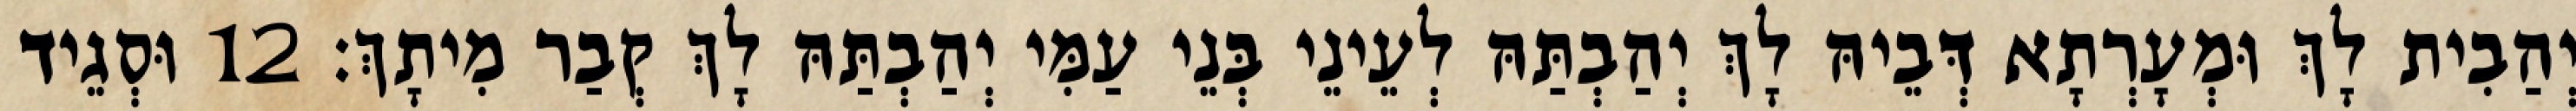
יְהַבִית לָךְ וּמְעָרְתָא דְּבֵיהּ לָךְ יְהַבְתַּהּ לְעֵינֵי בְּנֵי עַמִּי יְהַבְתַּהּ לָךְ קְבַר מִיתָךְ׃ 12 וּסְגֵיד